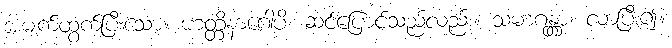
အမျက်ထွက်ပြီးသော။ ဟတ္တိနာဂေါပိ၊ ဆင်ပြောင်သည်လည်း။ သမာဂန္တွာ၊ လာပြီး၍။